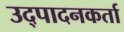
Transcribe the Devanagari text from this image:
उद्पादनकर्ता